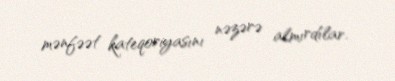
mənfəət kateqoriyasını nəzərə almırdılar.